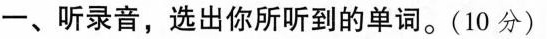
一、听录音,选出你所听到的单词.(10 分)